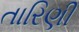
તારિણી